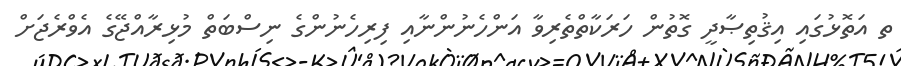
ތ އަތޮޅުގައި އިޤުތިޞާދީ ގޮތުން ހަރަކާތްތެރިވާ އަންހެނުންނާއި ފިރިހެނުންގެ ނިސްބަތް މުޅިރާއްޖޭގެ އެވްރެޖަށް